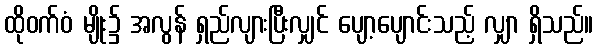
ထိုဝက်ဝံ မျိုး၌ အလွန် ရှည်လျားပြီးလျှင် ပျော့ပျောင်းသည့် လျှာ ရှိသည်။